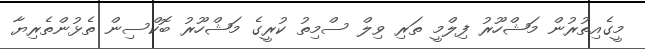
މީގެއިތުރުން މަޝްހޫރު ފިލްމީ ތަރި ވިލް ސްމިތު ކުރީގެ މަޝްހޫރު ބޮކްސިން ތެޅުންތެރިޔާ